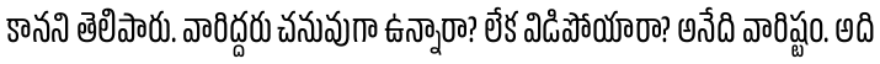
కానని తెలిపారు. వారిద్దరు చనువుగా ఉన్నారా? లేక విడిపోయారా? అనేది వారిష్టం. అది